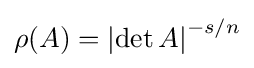
\rho (A)=\left|\det A\right|^{-s/n}